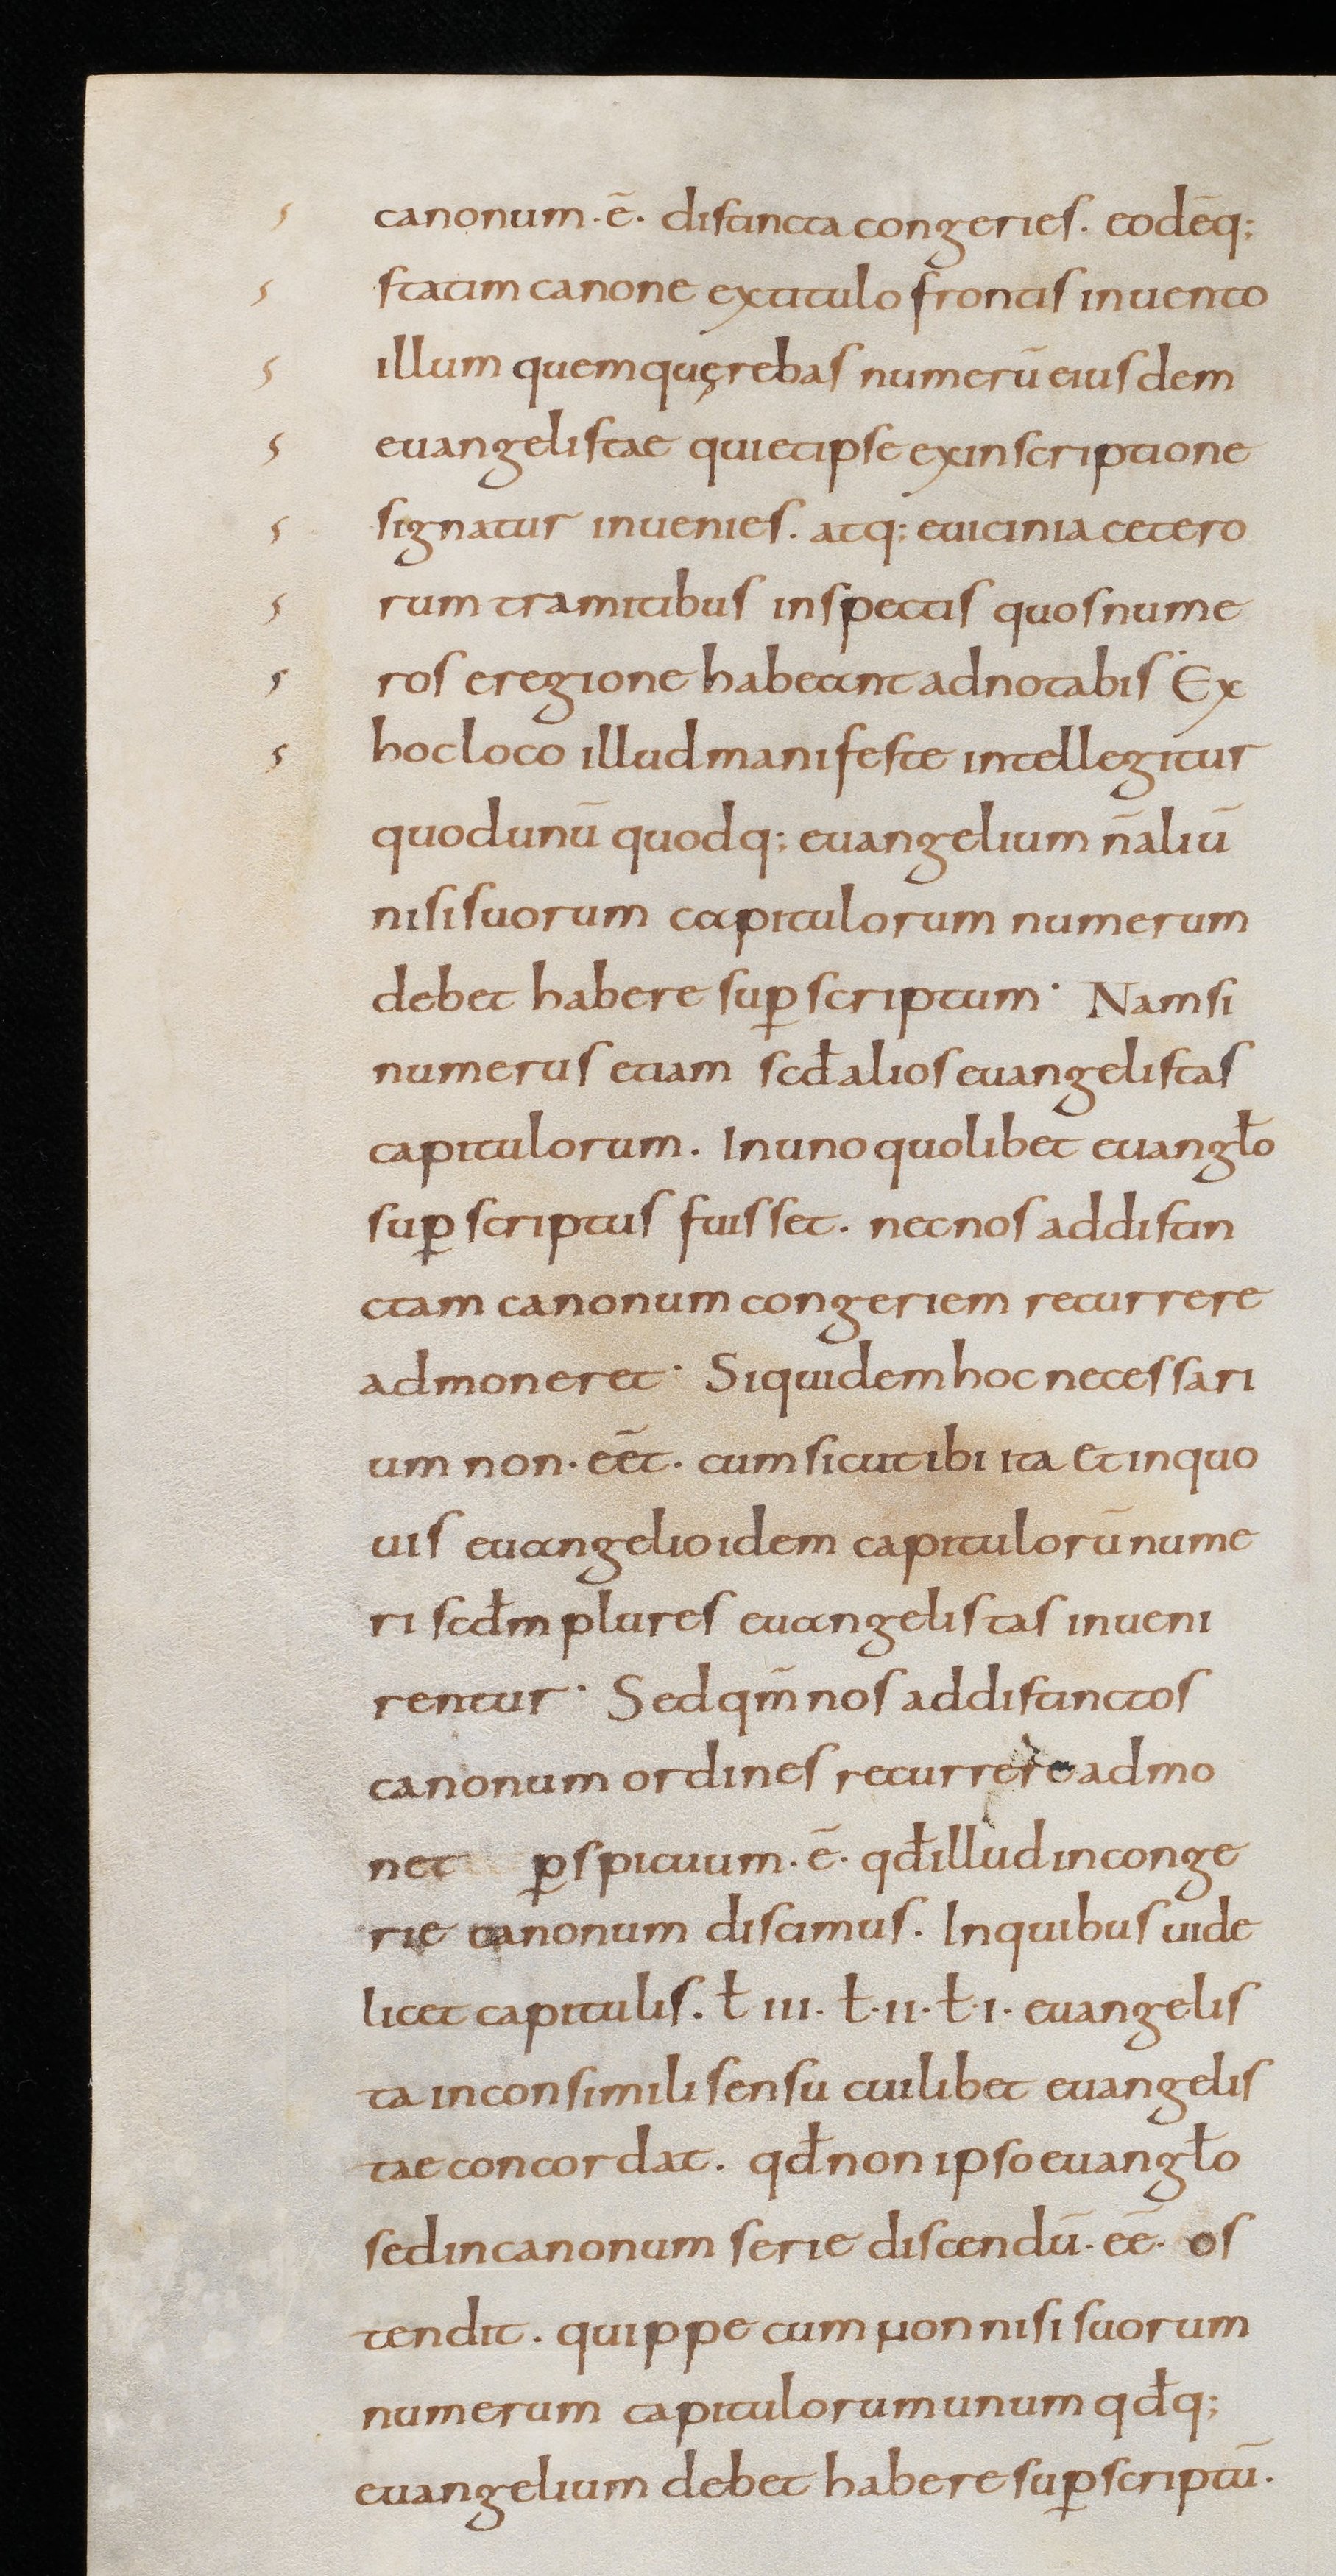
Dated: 867–899